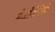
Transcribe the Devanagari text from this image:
गेओमेत्रिकी